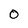
Character: 0